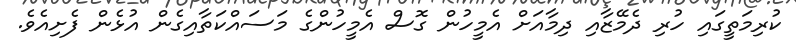
ކުރިމަތީގައި ހުރި ދެމޭޒާއި ދިމާއަށް އެމީހުން ގޮސް އެމީހުންގެ މަސައްކަތާއިގެން އުޅެން ފެށިއެވެ.